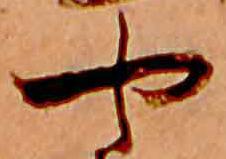
や